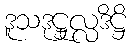
ဒူသဒုဋ္ဌုလ္လဒိဋ္ဌိ